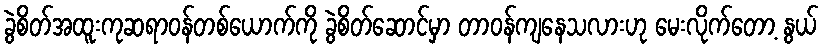
ခွဲစိတ်အထူးကုဆရာဝန်တစ်ယောက်ကို ခွဲစိတ်ဆောင်မှာ တာဝန်ကျနေသလားဟု မေးလိုက်တော့ နွယ်